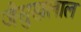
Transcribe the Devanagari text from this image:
जैसुखलाल